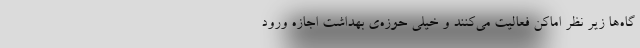
گاه‌ها زیر نظر اماکن فعالیت می‌کنند و خیلی حوزه‌ی بهداشت اجازه ورود